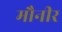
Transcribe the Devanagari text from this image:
मौनीर